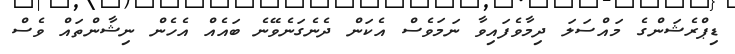
ޑިޕްރެޝަންގެ މައްސަލަ ދިމާވެފައިވާ ނަމަވެސް އެކަން ދެނެގަނެވޭނެ ބައެއް އެހެން ނިޝާންތައް ވެސް